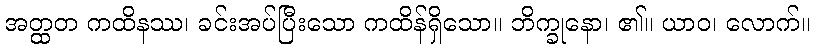
အတ္ထတ ကထိနဿ၊ ခင်းအပ်ပြီးသော ကထိန်ရှိသော။ ဘိက္ခုနော၊ ၏။ ယာဝ၊ လောက်။